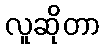
လူဆိုတာ